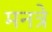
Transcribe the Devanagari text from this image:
मनत्रे